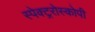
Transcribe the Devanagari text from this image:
स्पेक्ट्ररोस्कोपी